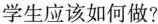
学生应该如何做?